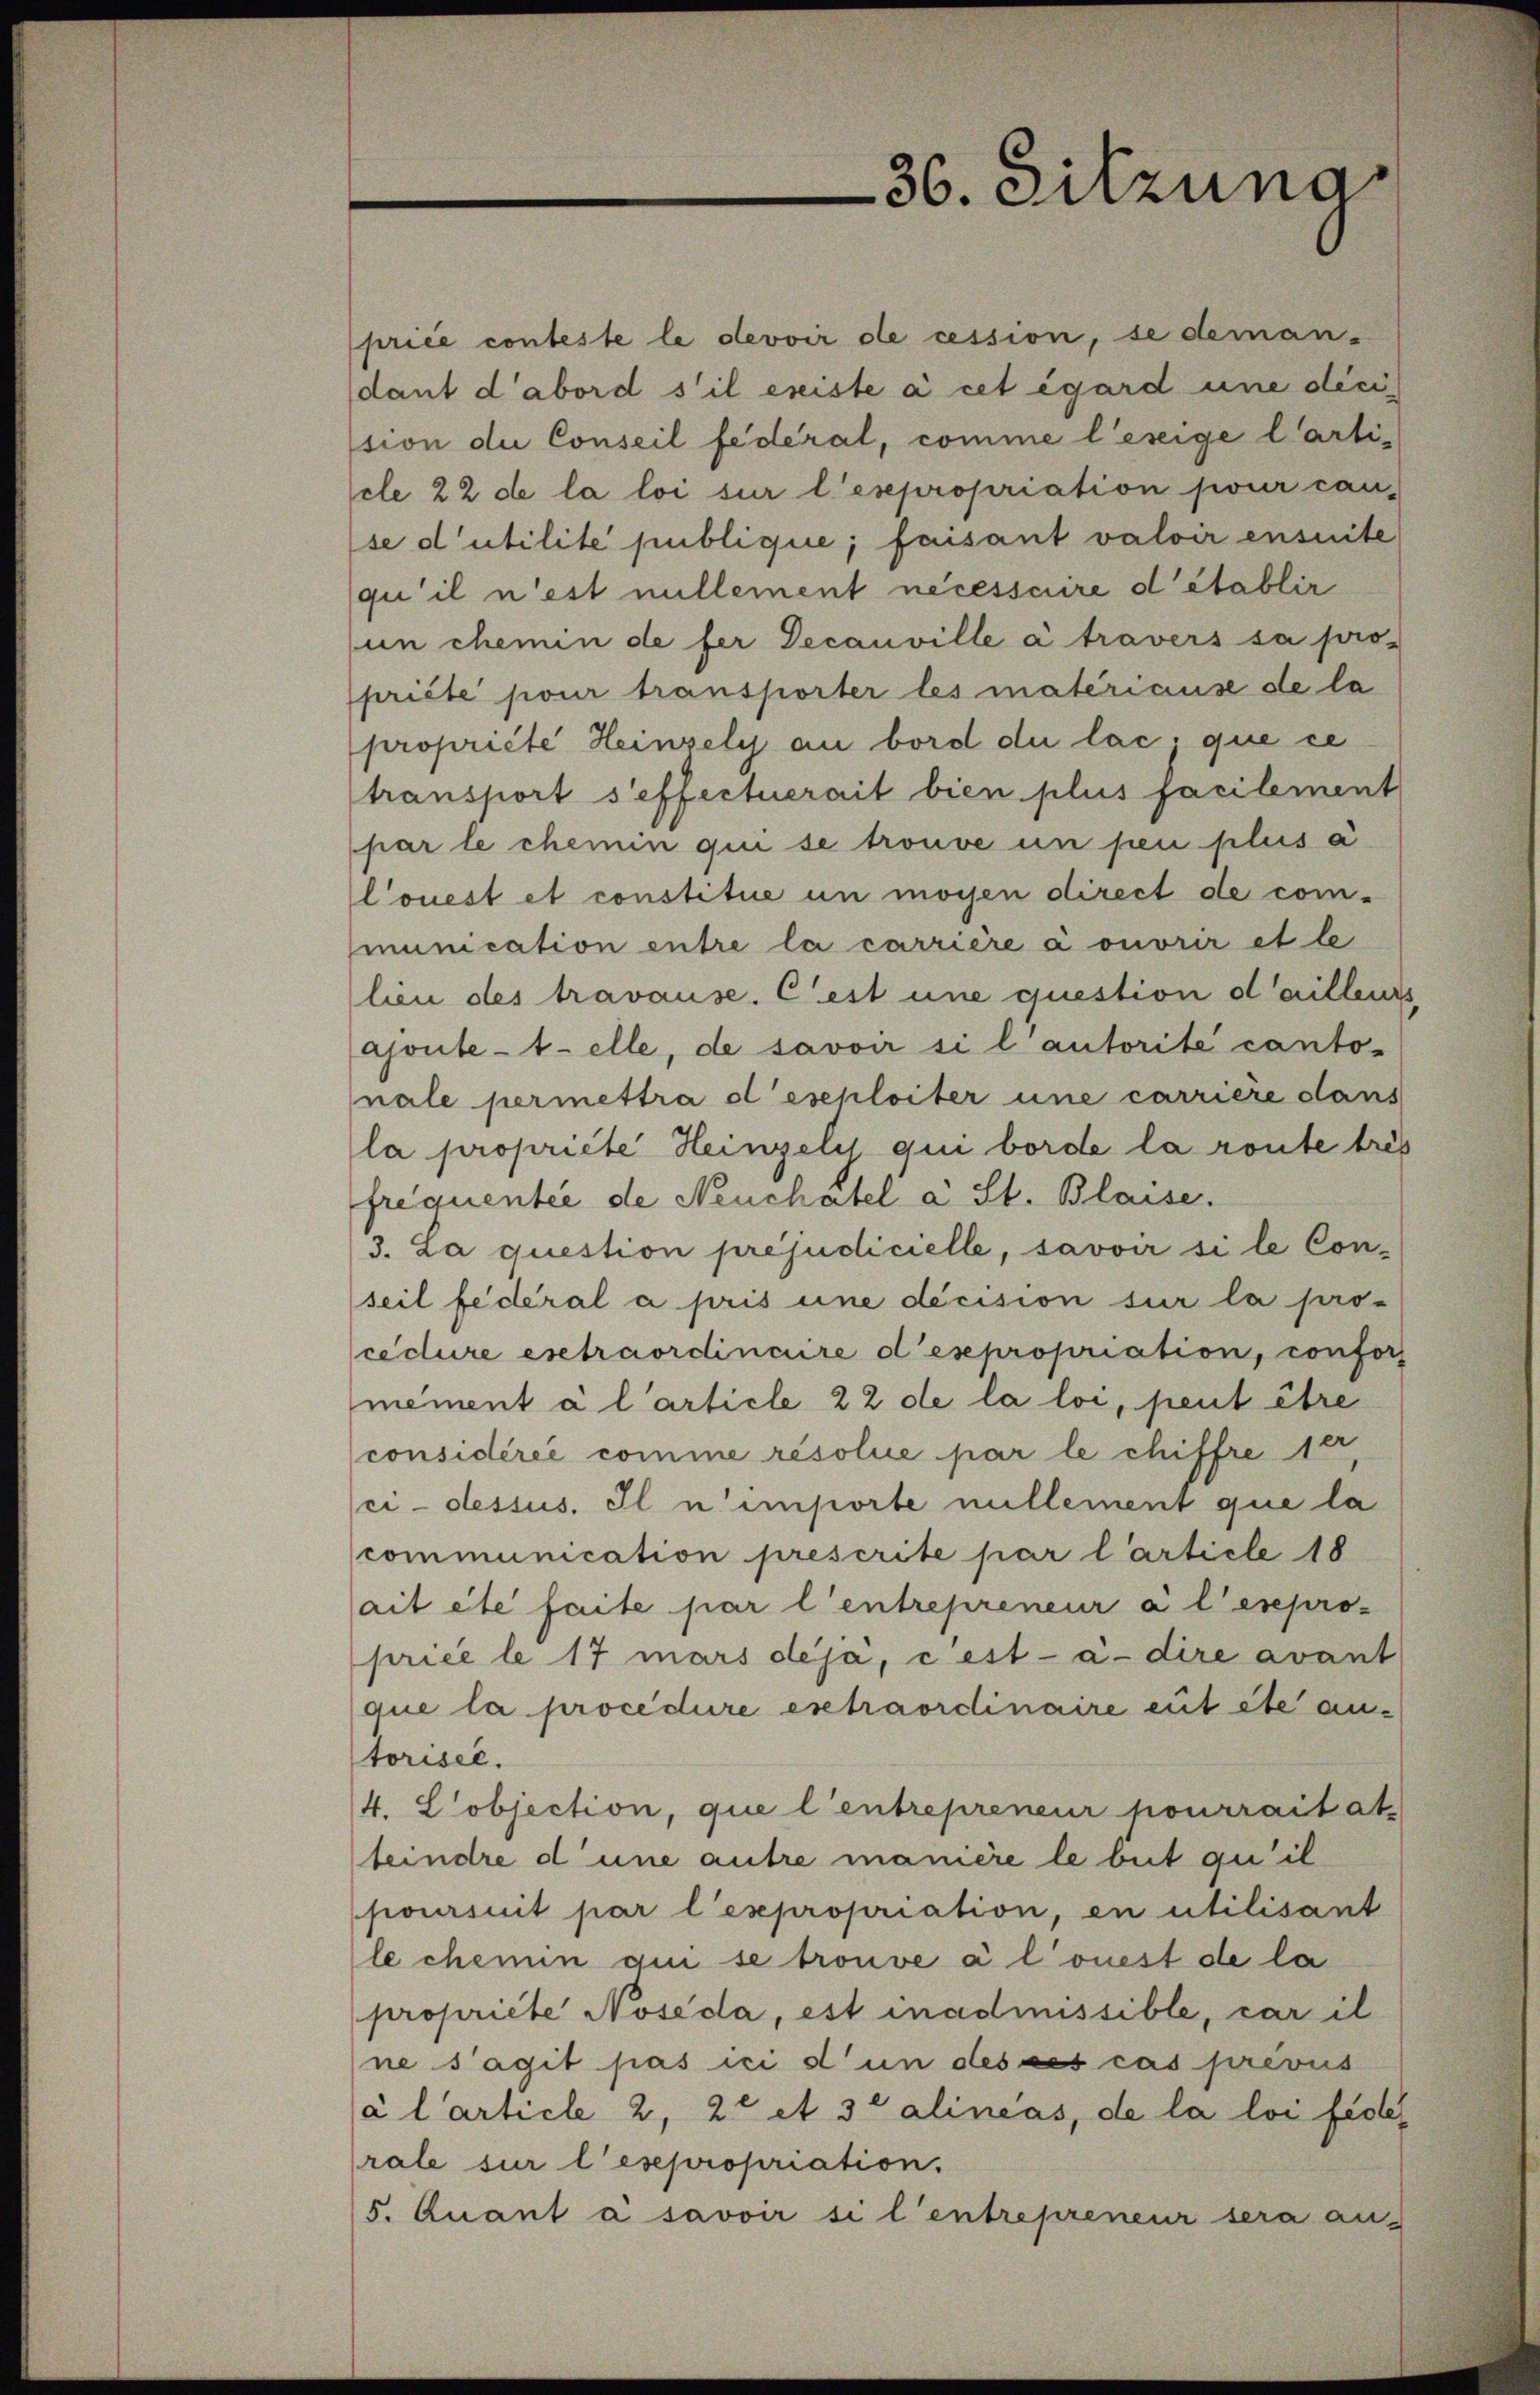
price conteste le devoir de cession, se deman-
dant d’abord s’il existe à cet égard une dicistion die Conseil fédéral, comme lesige Carticle 22 de la loi sur l. expropriation pour can-
se d’utilité publique; faisant valoir ensuite
qu’il n’est nullement necessaire d’établir
un chemin de fer Decanville a travers sa pro-
priété pour transporter les matériause de la
propriété Heinsely au bord du lac. que ce
transport s’effectuerait bien plus facilement
par le chemin qui se trouve un peu plus a
louest et constitue un moyen direct de com-
munication entre la carrière a ouvrir et le
lien des travause. Cest une question d’ailleurs
ajoute-telle, de savoir si l’autorité canto-
nale permettra et eschleiter une carriere dans
la propriete Heinzely qui borde la route trés
frequentie de Neuchatel a St. Blaise.
3. La question préjudicielle, savoir si le Con-
seil fédéral a pris une decision sur la pro-
cedure estraordinaire des propriation, confor
mement à l’article 22 de la loi, peut être
considérée comme résolue par le chiffre 18,
ci-dessus. Il n’importe nillement que la
communication prescrite par l’article 18
ait été faite par l’entrepreneur à l’expro-
price le 17 mars déjà, c est-à-dire avant
que la procedure extraordinaire eut ête antorisee.
4. Lobjection, que l’entrepreneur pourraitat.
teindre d une autre manière le beit qu’il
poursuit par l’expropriation, en utilisant
le chemin qui se trouve à l’onest de la
propriete Noseda, est inadmissible, car il
ne s’agit pas ici d’un des des cas prévus
à l’article 2, 2 et 30 alineas, de la loi fides
rale sur l’esepropriation.
5. Quant à savoir si l’entrepreneur sera aus

36. Sitzung